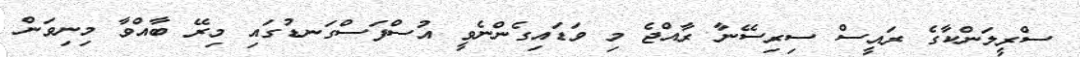
ސްރީލަންކާގެ ރައީސް ސިރިސޭނާ ރާއްޖެ މި ވަޑައިގެންނެވީ އުސްފަސްގަނޑުގައި މިރޭ ބާއްވާ މިނިވަން